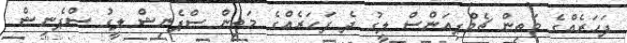
ފަހަރެއްގެ މަތިން ޗެމްޕިއަންސް ލީގު ދެ ފަހަރެއްގެ މަތިން ސްޕެނިޝް ލީގު ސްޕެނިޝް